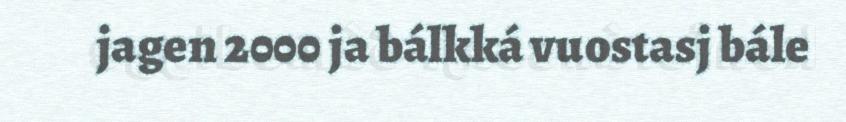
jagen 2000 ja bálkká vuostasj bále